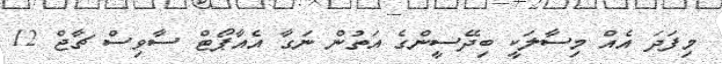
މިފަދަ އެއް މިސާލަކީ ބިދޭސީންގެ އަތުން ނަގާ އެއާޕޯޓް ސާވިސް ޗާޖް 12